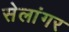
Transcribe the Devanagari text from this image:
सेलांगर